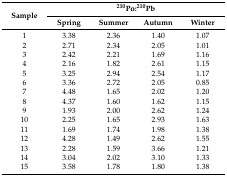
<table><thead><tr><td rowspan="2"><b>Sample</b></td><td colspan="4"><b><sup>210</sup>Po:<sup>210</sup>Pb</b></td></tr><tr><td><b>Spring</b></td><td><b>Summer</b></td><td><b>Autumn</b></td><td><b>Winter</b></td></tr></thead><tbody><tr><td>1</td><td>3.38</td><td>2.36</td><td>1.40</td><td>1.07</td></tr><tr><td>2</td><td>2.71</td><td>2.34</td><td>2.05</td><td>1.01</td></tr><tr><td>3</td><td>2.42</td><td>2.21</td><td>1.69</td><td>1.16</td></tr><tr><td>4</td><td>2.16</td><td>1.82</td><td>2.61</td><td>1.15</td></tr><tr><td>5</td><td>3.25</td><td>2.94</td><td>2.54</td><td>1.17</td></tr><tr><td>6</td><td>3.36</td><td>2.72</td><td>2.05</td><td>0.85</td></tr><tr><td>7</td><td>4.48</td><td>1.65</td><td>2.02</td><td>1.20</td></tr><tr><td>8</td><td>4.37</td><td>1.60</td><td>1.62</td><td>1.15</td></tr><tr><td>9</td><td>1.93</td><td>2.00</td><td>2.62</td><td>1.24</td></tr><tr><td>10</td><td>2.25</td><td>1.65</td><td>2.93</td><td>1.63</td></tr><tr><td>11</td><td>1.69</td><td>1.74</td><td>1.98</td><td>1.38</td></tr><tr><td>12</td><td>4.28</td><td>1.49</td><td>2.62</td><td>1.55</td></tr><tr><td>13</td><td>2.28</td><td>1.59</td><td>3.66</td><td>1.21</td></tr><tr><td>14</td><td>3.04</td><td>2.02</td><td>3.10</td><td>1.33</td></tr><tr><td>15</td><td>3.58</td><td>1.78</td><td>1.80</td><td>1.38</td></tr></tbody></table>